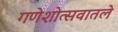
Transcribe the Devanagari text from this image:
गणेशोत्सवातले